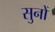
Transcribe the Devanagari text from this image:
सुनों